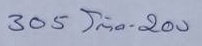
305 = โต๊ด - 200